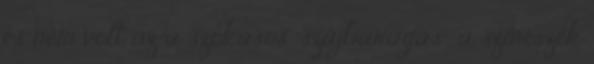
és nem volt az a szokásos “szájbarágás”, a színészek